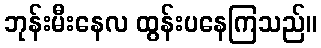
ဘုန်းမီးနေလ ထွန်းပနေကြသည်။